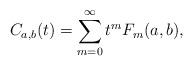
LaTeX: \begin{align*}C_{a,b}(t) &= \sum_{m=0}^\infty t^m F_m(a,b),\end{align*}